Burma Government Medical School reports 1907-22
Year: 1907
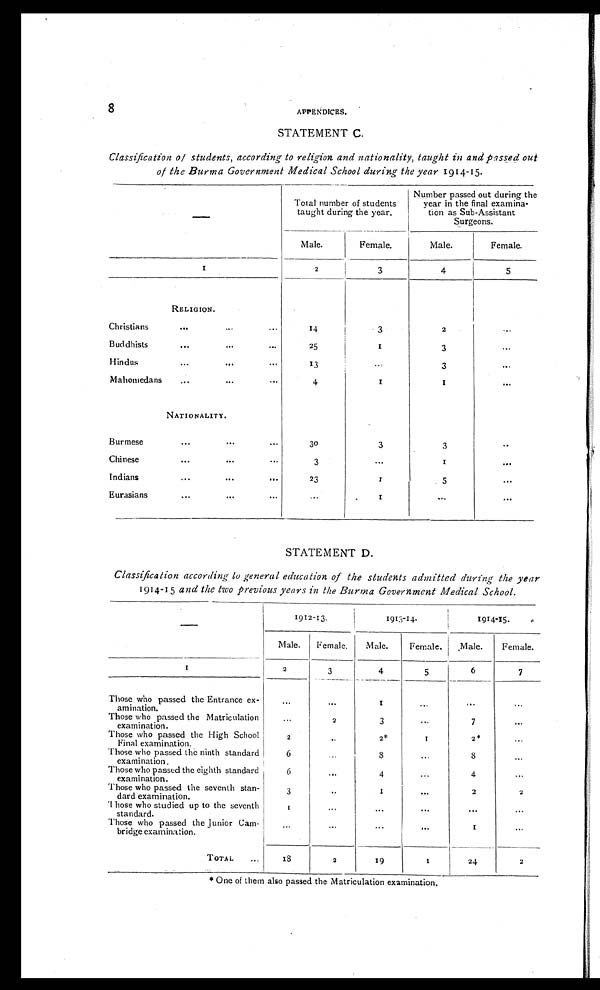
8 APPENDICES.
STATEMENT C.
Classification of students, according to religion and nationality, taught in and passed out
of the Burma Government Medical School during the year 1914-15.
—
Total number
taught during
of students
the year.
Number passed out during the
year in the final
examination as Sub-Assistant
Surgeons.
Male.
Female.
Male.
Female.
I
2
3
4
5
RELIGION .
Christians
...
...
...
14
3
2
...
Buddhists
...
...
...
25
1
3
...
Hindus
...
...
...
13
. . .
3
...
Mohomedans
...
...
...
4
1
1
...
NATIONALITY.
Burmese
...
...
...
30
3 3
...
Chinese
...
...
...
3
...
1
...
Indians
...
...
...
23
1
5
...
Eurasians
...
•••
•••
...
1
...
...
STATEMENT D.
Classification according to general education of the students admitted during the year
1914-15 and the two previous years in the Burma Government Medical School.
—
1912-13.
1913-14.
1914-15.
Male.
Female.
Male.
Female.
Male.
Female.
1
2
3
4
5
6
7
Those who passed the Entrance ex-
amination.
...
...
1
...
...
...
Those who passed the Matriculation
examination.
...
2
3
...
7
...
Those who passed the High School
Final examination.
2
...
2*
1
2*
...
Those who passed the ninth standard
examination.
6
...
8
...
8
...
Those who passed the eighth standard
examination.
6
...
4
...
4
...
Those who passed the seventh stan-
dard examination.
3
...
1
...
2
2
Those who studied up to the seventh
standard.
1
...
...
...
...
...
Those who passed the Junior Cam-
bridge examination.
...
...
...
...
1
...
T O T A L . . .
18
2
19
1
24
2
* O n e o f t h e m a l s o p a s s e d t h e M a t r i c u l a t i o n e x a m i n a t i o n .